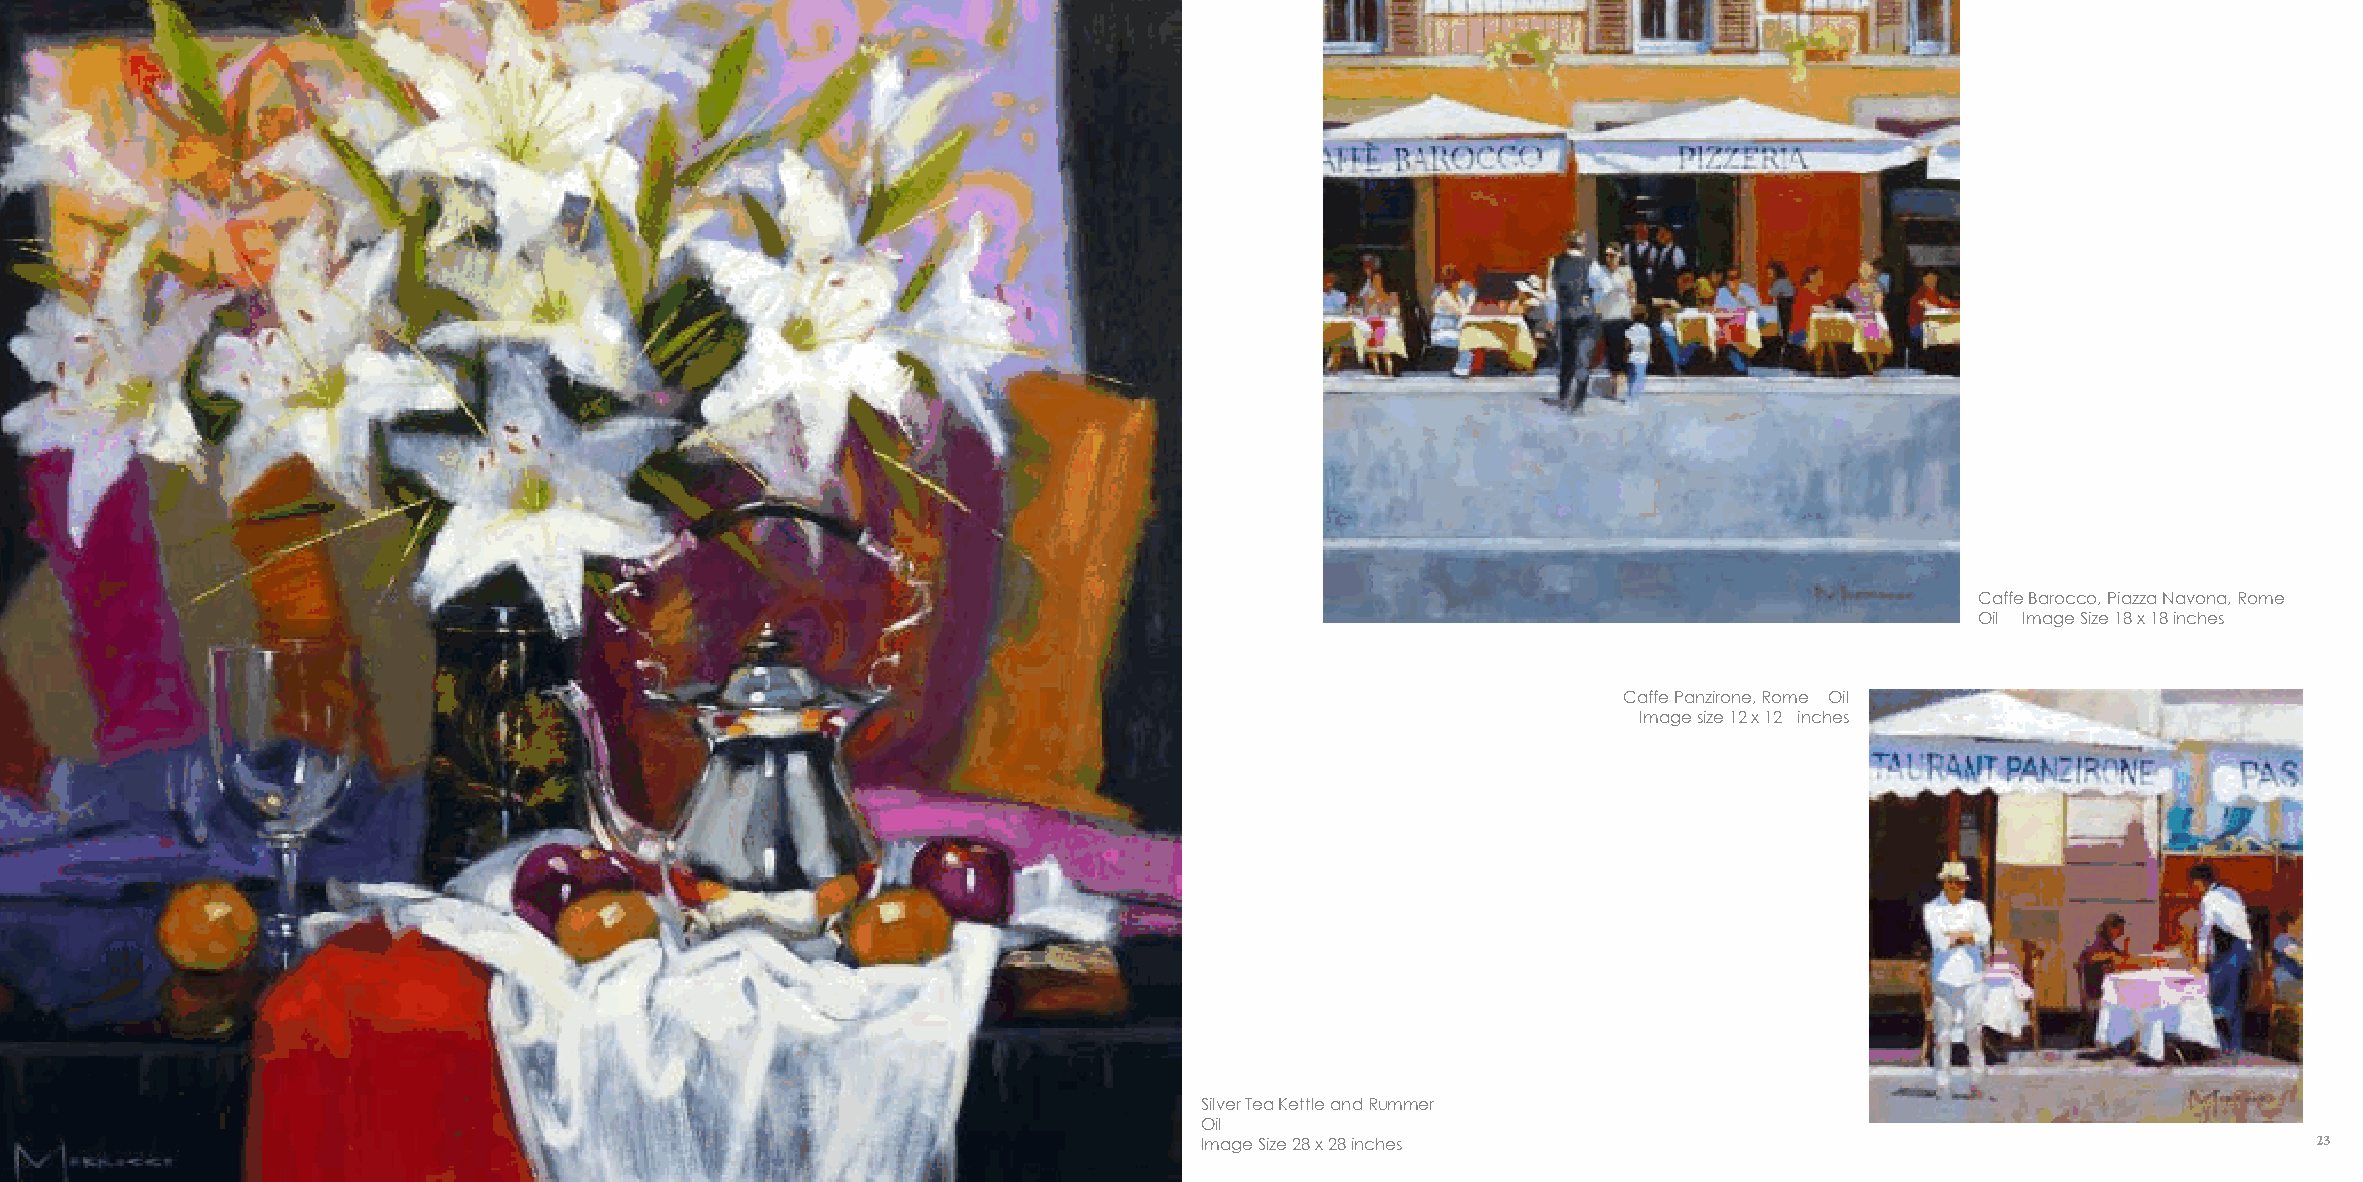
Caffe Barocco, Piazza Navona, Rome
 Oil Image Size 18 x 18 inches
 Caffe Panzirone, Rome Oil
 Image size 12 x 12 inches
 Silver tea Kettle and rummer
 oil
 Image Size 28 x 28 inches                                                 23